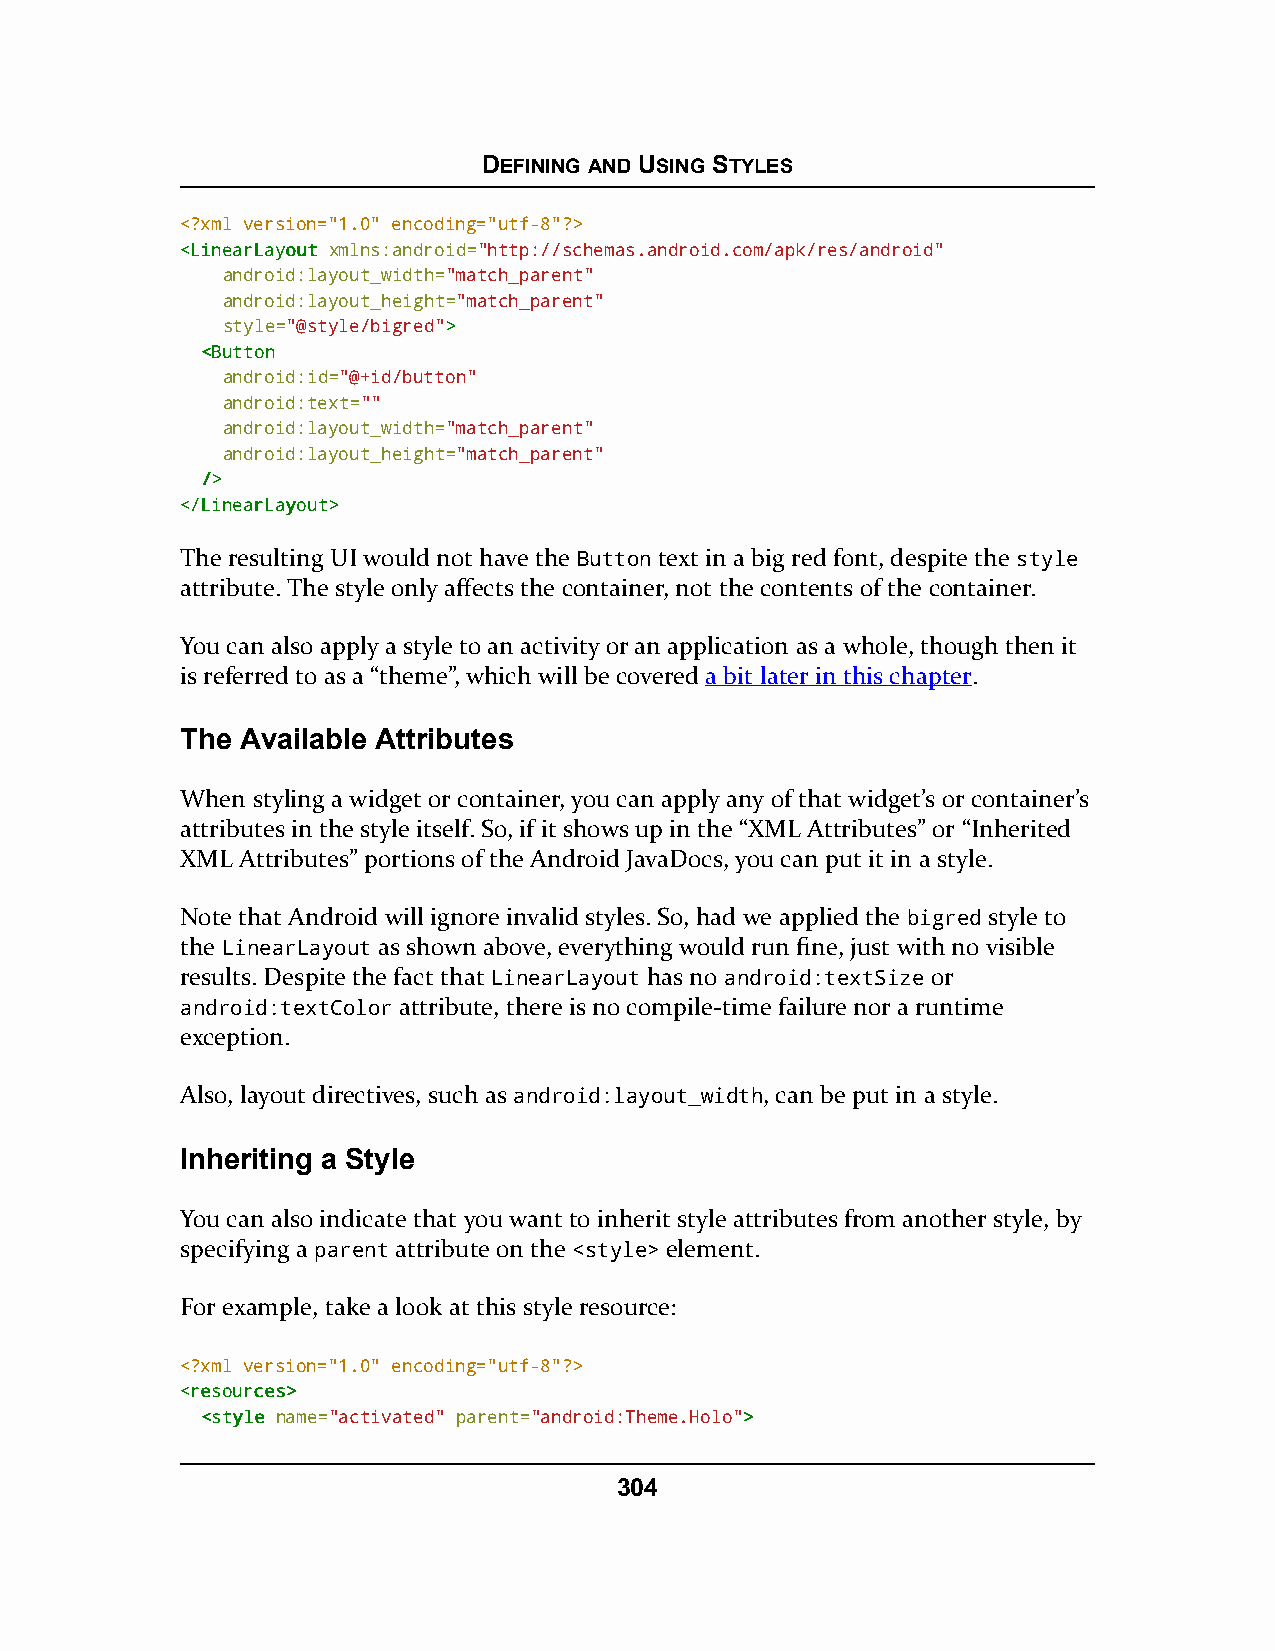
DEFINING AND USING STYLES
 <?xml version="1.0" encoding="utf-8"?>
 <<LLiinneeaarrLLaayyoouutt xmlns:android="http://schemas.android.com/apk/res/android"
 android:layout_width="match_parent"
 android:layout_height="match_parent"
 style="@style/bigred">>
 <<BBuuttttoonn
 android:id="@+id/button"
 android:text=""
 android:layout_width="match_parent"
 android:layout_height="match_parent"
 //>>
 <<//LLiinneeaarrLLaayyoouutt>>
 The resulting UI would not have the Button text in a big red font, despite the style
 attribute. The style only affects the container, not the contents of the container.
 You can also apply a style to an activity or an application as a whole, though then it
 is referred to as a “theme”, which will be covered a bit later in this chapter.
 The Available Attributes
 When styling a widget or container, you can apply any of that widget’s or container’s
 attributes in the style itself. So, if it shows up in the “XML Attributes” or “Inherited
 XML Attributes” portions of the Android JavaDocs, you can put it in a style.
 Note that Android will ignore invalid styles. So, had we applied the bigred style to
 the LinearLayout as shown above, everything would run fine, just with no visible
 results. Despite the fact that LinearLayout has no android:textSize or
 android:textColor attribute, there is no compile-time failure nor a runtime
 exception.
 Also, layout directives, such as android:layout_width, can be put in a style.
 Inheriting a Style
 You can also indicate that you want to inherit style attributes from another style, by
 specifying a parent attribute on the <style> element.
 For example, take a look at this style resource:
 <?xml version="1.0" encoding="utf-8"?>
 <<rreessoouurrcceess>>
 <<ssttyyllee name="activated" parent="android:Theme.Holo">>
 304